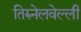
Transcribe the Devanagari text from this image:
तिरुनेलवेल्ली